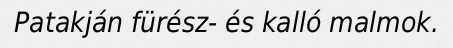
Patakján fürész- és kalló malmok.